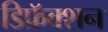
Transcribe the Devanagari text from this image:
डिफ्रॅक्शन